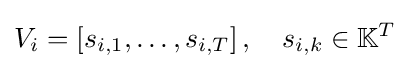
V_{i}=\left[s_{i,1},\ldots ,s_{i,T}\right],\quad s_{i,k}\in \mathbb {K} ^{T}